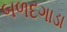
બળદગાડા